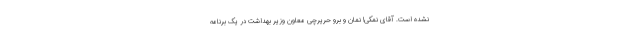
نشده است. آقای نمکی! نمان و برو حریرچی معاون وزیر بهداشت در یک برنامه